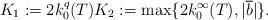
LaTeX: \begin{align*} K_{1}:= 2 k^{q}_{0}(T) K_{2}:= \max\{2 k^{\infty}_{0}(T), \lvert \overline{b} \rvert\}. \end{align*}